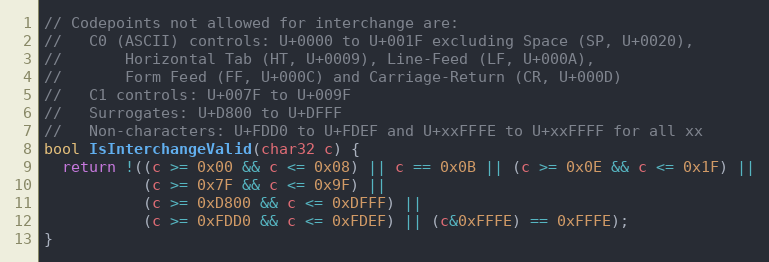
Language: C++
// Codepoints not allowed for interchange are:
//   C0 (ASCII) controls: U+0000 to U+001F excluding Space (SP, U+0020),
//       Horizontal Tab (HT, U+0009), Line-Feed (LF, U+000A),
//       Form Feed (FF, U+000C) and Carriage-Return (CR, U+000D)
//   C1 controls: U+007F to U+009F
//   Surrogates: U+D800 to U+DFFF
//   Non-characters: U+FDD0 to U+FDEF and U+xxFFFE to U+xxFFFF for all xx
bool IsInterchangeValid(char32 c) {
  return !((c >= 0x00 && c <= 0x08) || c == 0x0B || (c >= 0x0E && c <= 0x1F) ||
           (c >= 0x7F && c <= 0x9F) ||
           (c >= 0xD800 && c <= 0xDFFF) ||
           (c >= 0xFDD0 && c <= 0xFDEF) || (c&0xFFFE) == 0xFFFE);
}